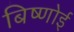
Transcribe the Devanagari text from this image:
बिष्णोई